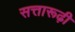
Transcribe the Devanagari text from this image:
सत्तारूढ़ी